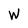
Character: W